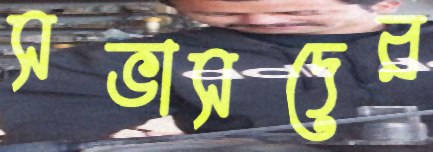
সভাসদের